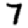
Digit: 7